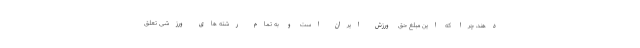
دهند، چرا که این مبلغ حق ورزش ایران است و به تمام رشته های ورزشی تعلق